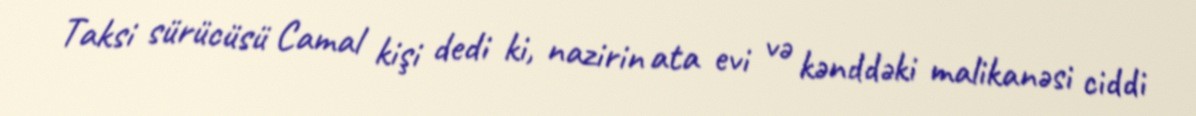
Taksi sürücüsü Camal kişi dedi ki, nazirin ata evi və kənddəki malikanəsi ciddi